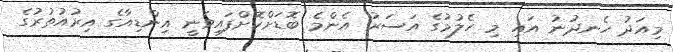
މިއަދު ހެނދުނު އައި މި ހެލުމުގެ އަސަރު އެންމެ ބޮޑަށްކޮށްފައިވަނީ އިންޑިއާގެ އިރުއުތުރުގެ